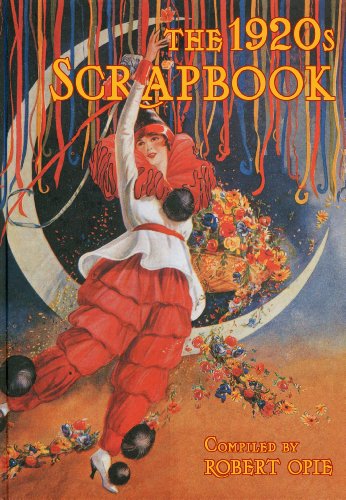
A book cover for The 1920s Scrapbook; Robert Opie; Humor & Entertainment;